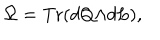
LaTeX: \Omega = \mathrm { T r } ( d Q { \wedge } d L ) ,